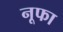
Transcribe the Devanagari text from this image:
नूफा